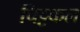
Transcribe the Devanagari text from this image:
चिट्टकल